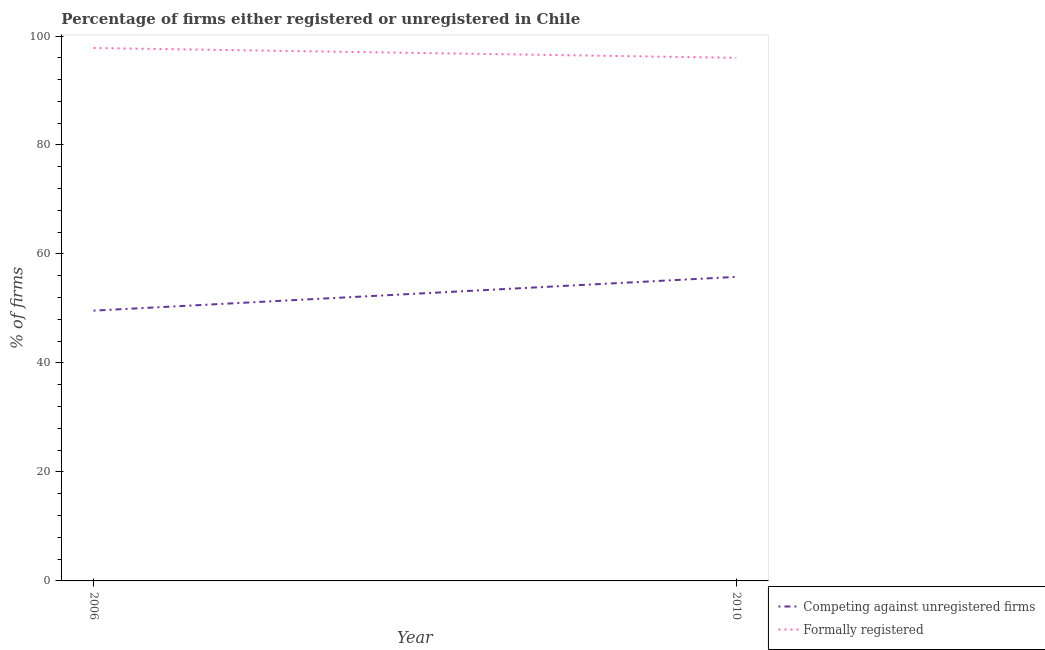
| Year | Competing against unregistered firms | Formally registered |
 | --- | --- | --- |
 | 2006 | 49.6 | 97.8 |
 | 2010 | 55.8 | 96 |